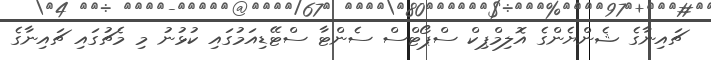
ޗައިނާގެ ޝެންޔެންގެ އޮލިމްޕިކް ސްޕޯޓްސް ސެންޓާ ސްޓޭޑިއަމުގައި ކުޅުނު މި މެޗުގައި ޗައިނާގެ